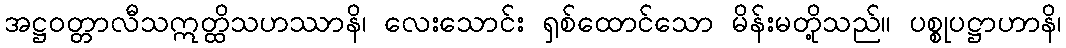
အဋ္ဌဝတ္တာလီသဣတ္ထိသဟဿာနိ၊ လေးသောင်း ရှစ်ထောင်သော မိန်းမတို့သည်။ ပစ္စုပဋ္ဌာဟာနိ၊